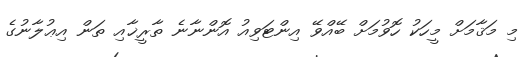
މި މަޤާމަށް މީހަކު ހޮވުމަށް ބޭއްވޭ އިންޓަވިއު އޮންނާނެ ތާރީޚާއި ތަން އިޢުލާނުގެ